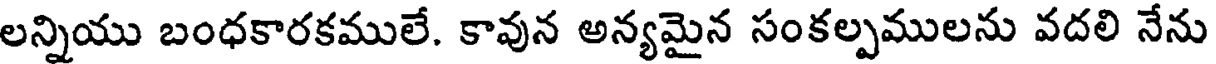
లన్నియు బంధకారకములే. కావున అన్యమైన సంకల్పములను వదలి నేను